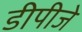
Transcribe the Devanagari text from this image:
डीपीजे